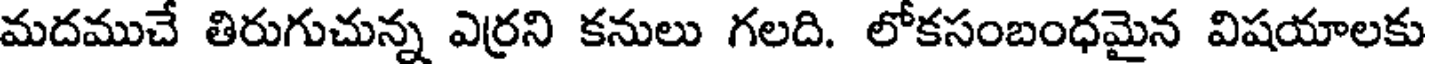
మదముచే తిరుగుచున్న ఎర్రని కనులు గలది. లోకసంబంధమైన విషయాలకు